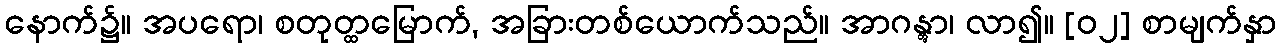
နောက်၌။ အပရော၊ စတုတ္ထမြောက်, အခြားတစ်ယောက်သည်။ အာဂန္တွာ၊ လာ၍။ [၀၂] စာမျက်နှာ